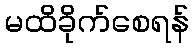
မထိခိုက်စေရန်